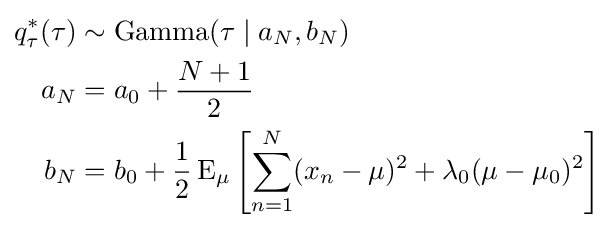
{\begin{aligned}q_{\tau }^{*}(\tau )&\sim \operatorname {Gamma} (\tau \mid a_{N},b_{N})\\a_{N}&=a_{0}+{\frac {N+1}{2}}\\b_{N}&=b_{0}+{\frac {1}{2}}\operatorname {E} _{\mu }\left[\sum _{n=1}^{N}(x_{n}-\mu )^{2}+\lambda _{0}(\mu -\mu _{0})^{2}\right]\end{aligned}}